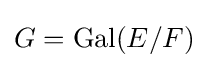
G={\text{Gal}}(E/F)